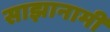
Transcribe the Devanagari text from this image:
साझानामी